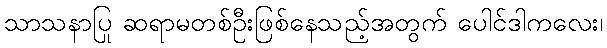
သာသနာပြု ဆရာမတစ်ဦးဖြစ်နေသည့်အတွက် ပေါင်ဒါကလေး၊